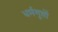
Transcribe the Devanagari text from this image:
धर्मगुप्तों